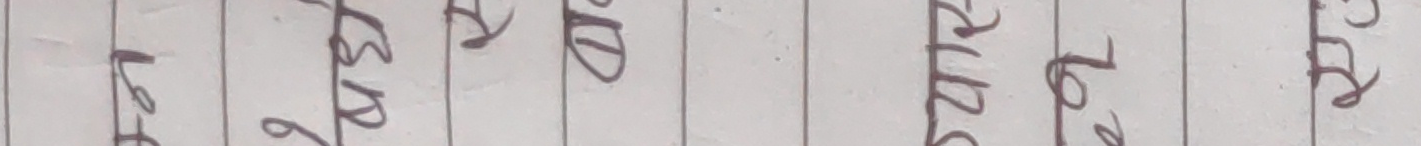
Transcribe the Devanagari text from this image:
लामो हुन्छ